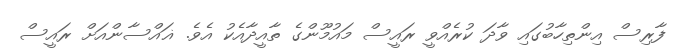
ފާރިސް އިންތިހާބުގައި ވާދަ ކުރެއްވީ ރައީސް މައުމޫންގެ ތާއީދާއެކު އެވެ. ޣައްސާންއަށް ރައީސް